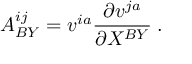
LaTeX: A _ { B Y } ^ { i j } = v ^ { i a } { \frac { \partial v ^ { j a } } { \partial X ^ { B Y } } } \; .